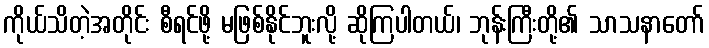
ကိုယ်သိတဲ့အတိုင်း စီရင်ဖို့ မဖြစ်နိုင်ဘူးလို့ ဆိုကြပါတယ်၊ ဘုန်းကြီးတို့၏ သာသနာတော်